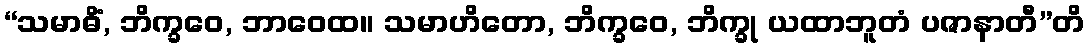
“သမာဓိံ, ဘိက္ခဝေ, ဘာဝေထ။ သမာဟိတော, ဘိက္ခဝေ, ဘိက္ခု ယထာဘူတံ ပဇာနာတီ”တိ